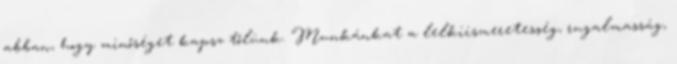
abban, hogy minőséget kapsz tőlünk. Munkánkat a lelkiismeretesség, rugalmasság,